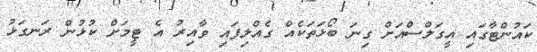
ކައުންޓާގައި އީގަލްސްއަށް ގިނަ ބޯޅަތަކެއް ގެއްލިފައި ވާއިރު އެ ޓީމަށް ކުޅުން ރަނގަޅު